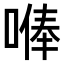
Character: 𠺭